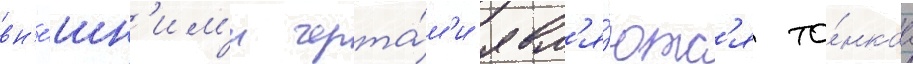
вн'е́шн'им'и черта́м'и явл'я́ютс'я то́нкаа